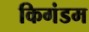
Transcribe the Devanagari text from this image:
किगंडम